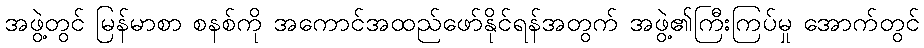
အဖွဲ့တွင် မြန်မာစာ စနစ်ကို အကောင်အထည်ဖော်နိုင်ရန်အတွက် အဖွဲ့၏ကြီးကြပ်မှု အောက်တွင်